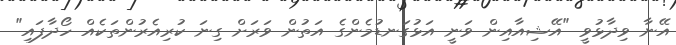
އޭނާ ވިދާޅުވީ "އޭޝިއާއިން ވަނީ އަޅުގަނޑުމެންގެ އަތުން ވަރަށް ގިނަ ކުރިއެރުންތަކެއް ހޯދާފައި"